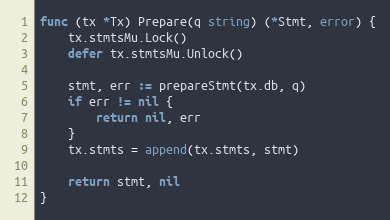
Language: Go
func (tx *Tx) Prepare(q string) (*Stmt, error) {
	tx.stmtsMu.Lock()
	defer tx.stmtsMu.Unlock()

	stmt, err := prepareStmt(tx.db, q)
	if err != nil {
		return nil, err
	}
	tx.stmts = append(tx.stmts, stmt)

	return stmt, nil
}